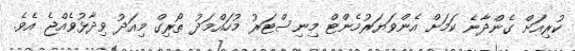
ކުރިއަށް ގެންދާނެ ކަމަށް އެންވަޔަރުމެންޓް މިނިސްޓަރު މުހައްމަދު ތޯރިގް މިއަދު ވިދާޅުވެއްޖެ އެވެ.